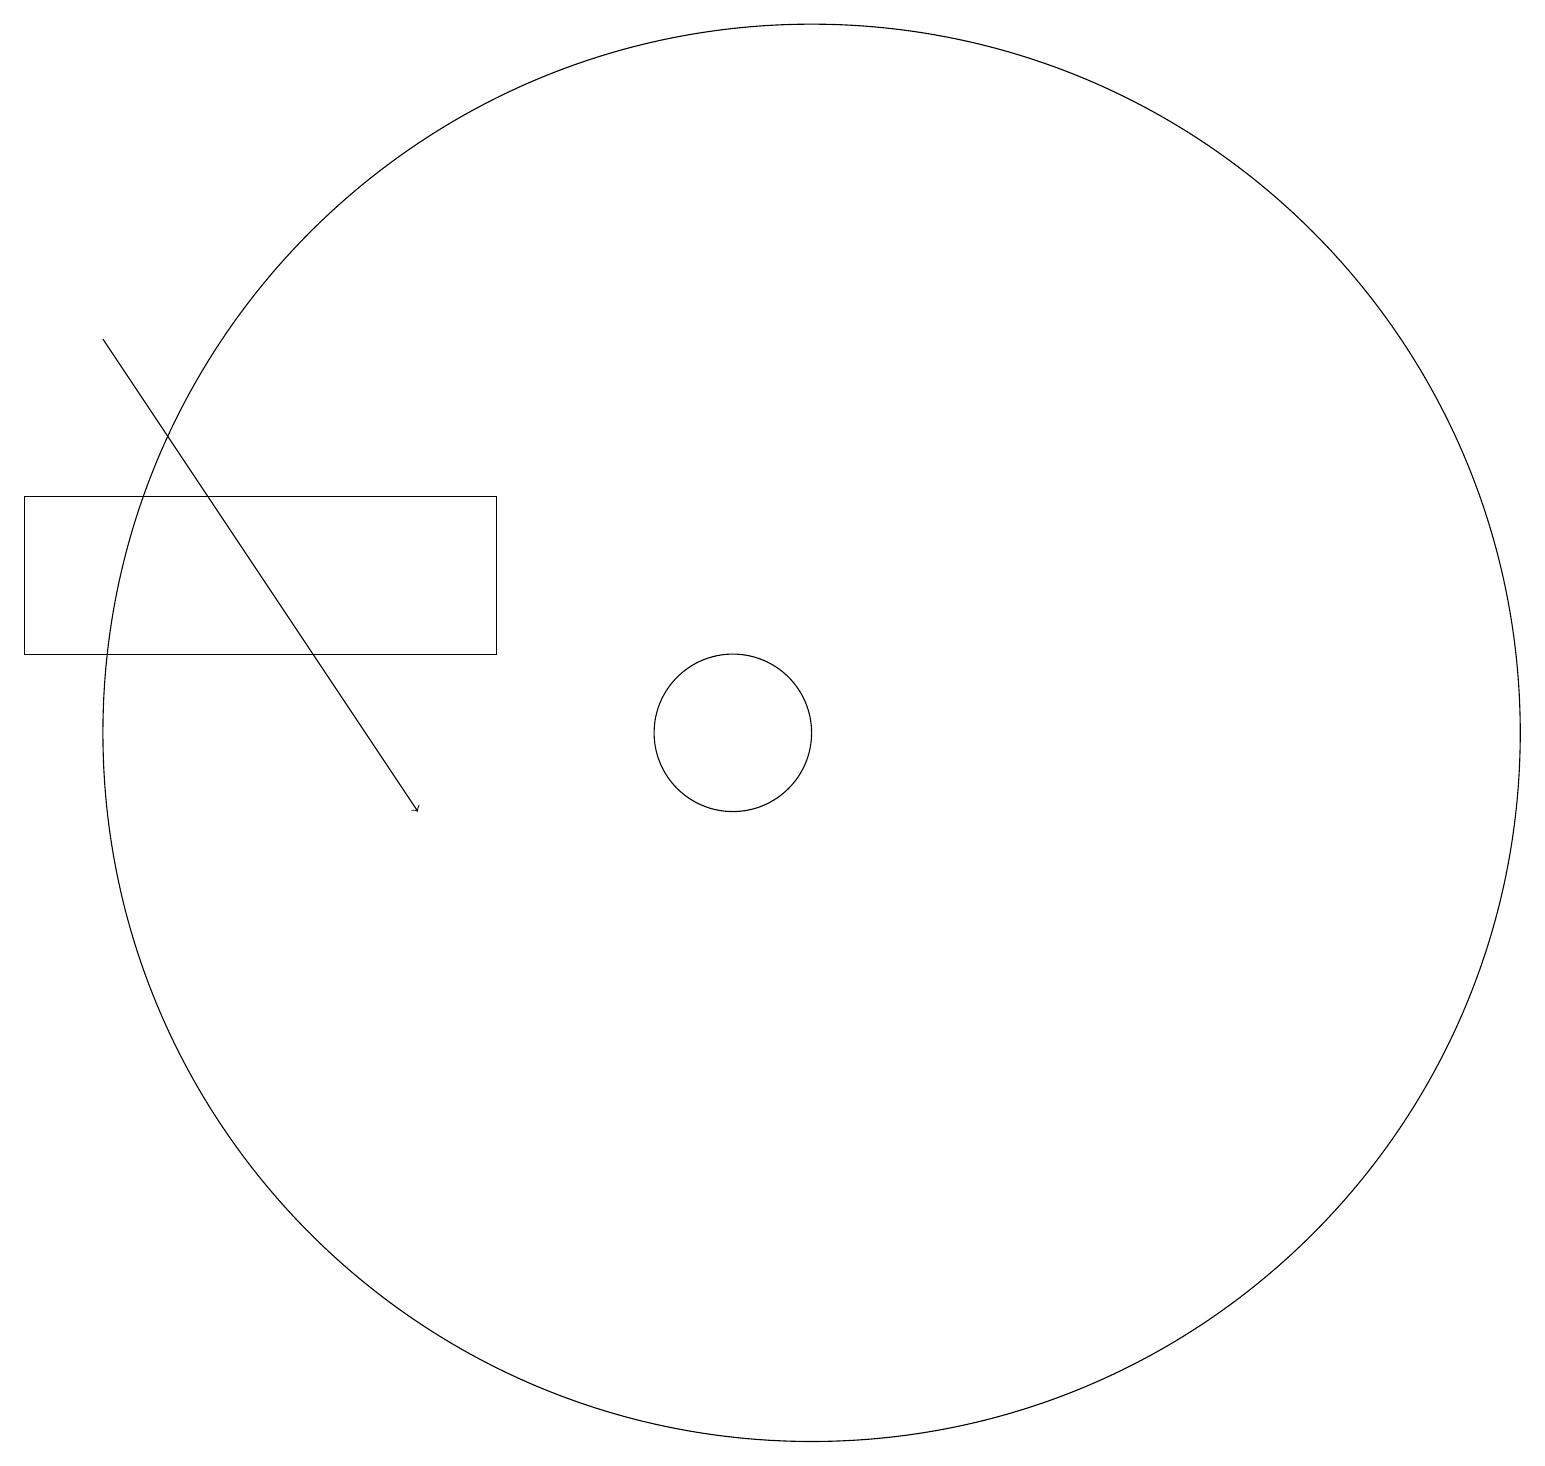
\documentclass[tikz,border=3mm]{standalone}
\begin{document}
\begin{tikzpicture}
\draw (10,11) circle (1);
\draw[->] (2,16) -- (6,10);
\draw (7,12) rectangle (1,14);
\draw (11,10) circle (0);
\draw (11,11) circle (9);
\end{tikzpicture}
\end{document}